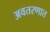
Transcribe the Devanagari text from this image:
अवतरणात